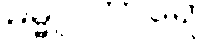
ဓမ္မူပဟာရော